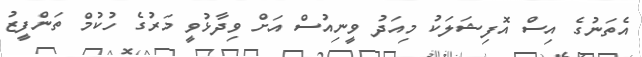
އެތަނުގެ އިސް އޮފިޝަލަކު މިއަދު ވީނިއުސް އަށް ވިދާޅުވީ މަރުގެ ހުކުމް ތަންފީޒު